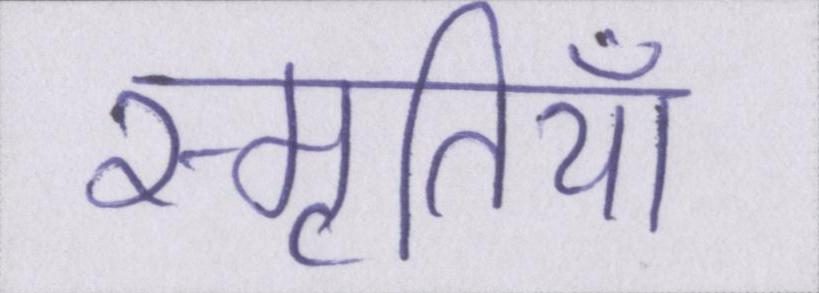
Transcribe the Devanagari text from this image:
स्मृतियाँ